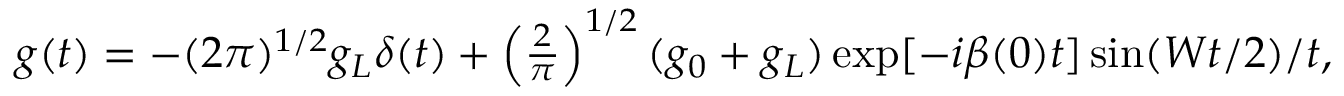
\begin{array} { r } { g ( t ) = - ( 2 \pi ) ^ { 1 / 2 } g _ { L } \delta ( t ) + \left( \frac { 2 } { \pi } \right) ^ { 1 / 2 } ( g _ { 0 } + g _ { L } ) \exp [ - i \beta ( 0 ) t ] \sin ( W t / 2 ) / t , } \end{array}